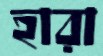
হারা